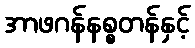
အာဖဂန်နစ္စတန်နှင့်